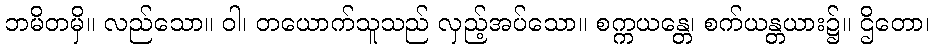
ဘမိတမှိ။ လည်သော။ ဝါ၊ တယောက်သူသည် လှည့်အပ်သော။ စက္ကယန္တေ၊ စက်ယန္တယား၌။ ဌိတော၊